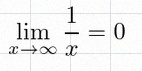
\lim_{x\to\infty}\frac{1}{x}=0